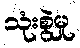
သုံးစွဲမှု